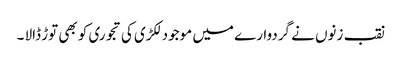
نقب زنوں نے گردوارے میں موجود لکڑی کی تجوری کو بھی توڑ ڈالا ۔